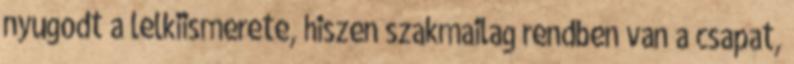
nyugodt a lelkiismerete, hiszen szakmailag rendben van a csapat,